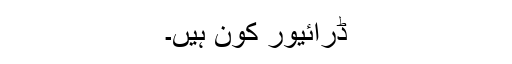
ڈرائیور کون ہیں۔